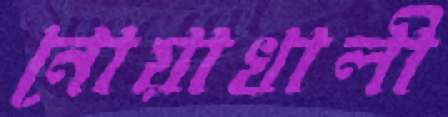
নোয়াখালী